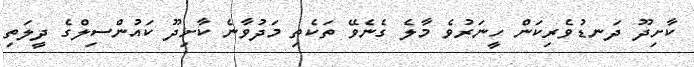
ކާށިދޫ ދަނޑުވެރިކަން ހީނަރުވެ މާލެ ގެނެވޭ ތަކެތި މަދުވާނެ ކާށިދޫ ކައުންސިލްގެ ދީލަތި